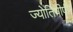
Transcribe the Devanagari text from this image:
ज्योतिषीपी